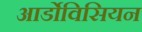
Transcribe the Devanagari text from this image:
आर्डोविसियन